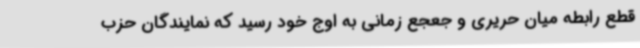
قطع رابطه میان حریری و جعجع زمانی به اوج خود رسید که نمایندگان حزب